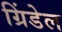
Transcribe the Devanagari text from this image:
ग्रिंडेल